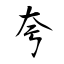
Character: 夸